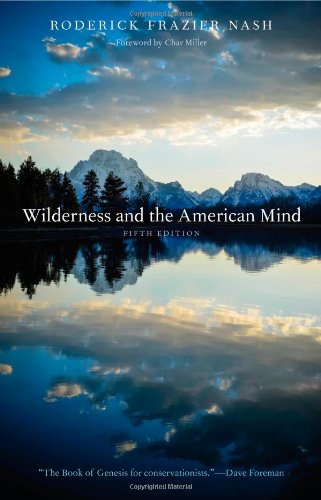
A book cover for Wilderness and the American Mind: Fifth Edition; Roderick Frazier Nash; Science & Math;